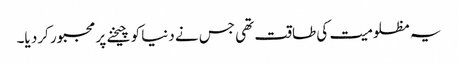
یہ مظلومیت کی طاقت تھی جس نے دنیا کو چیخنے پر مجبور کرد یا۔